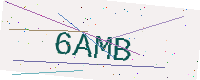
Text: 6AMB